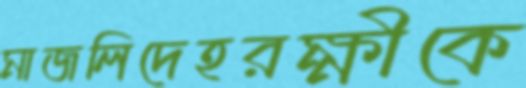
মাজলিদেহরক্ষীকে